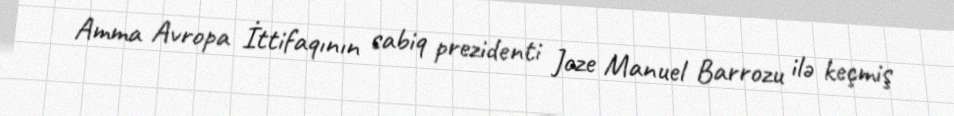
Amma Avropa İttifaqının sabiq prezidenti Joze Manuel Barrozu ilə keçmiş